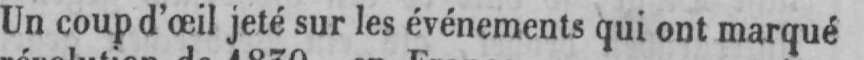
Un coup d’œil jeté sur les événements qui ont marqué